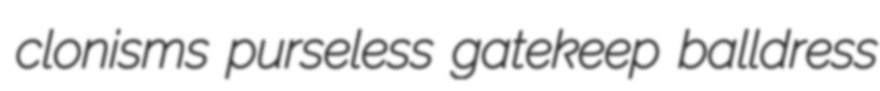
clonisms purseless gatekeep balldress